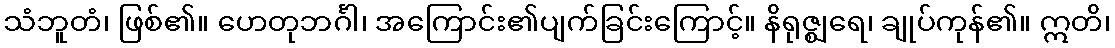
သံဘူတံ၊ ဖြစ်၏။ ဟေတုဘင်္ဂါ၊ အကြောင်း၏ပျက်ခြင်းကြောင့်။ နိရုဇ္ဈရေ၊ ချုပ်ကုန်၏။ ဣတိ၊